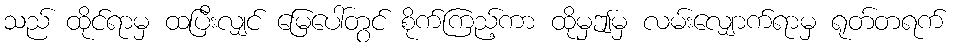
သည် ထိုင်ရာမှ ထပြီးလျှင် မြေပေါ်တွင် စိုက်ကြည့်ကာ ထိုမှဤမှ လမ်းလျှောက်ရာမှ ရုတ်တရက်